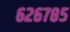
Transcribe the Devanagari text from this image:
६२६७८५